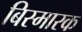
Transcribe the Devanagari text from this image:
बिस्मारक